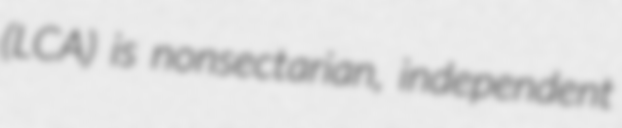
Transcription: (LCA) is nonsectarian, independent